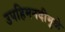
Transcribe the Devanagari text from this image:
उपहिमनदीमुळे